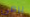
يرمي